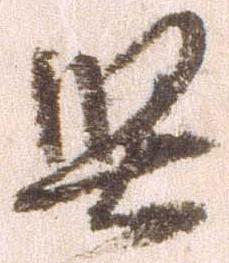
堅